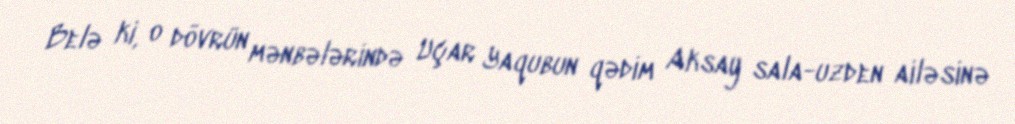
Belə ki, o dövrün mənbələrində Uçar Yaqubun qədim Aksay sala-uzden ailəsinə